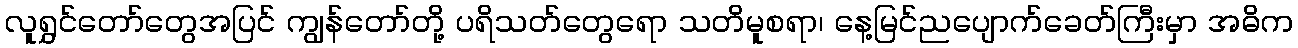
လူရွှင်တော်တွေအပြင် ကျွန်တော်တို့ ပရိသတ်တွေရော သတိမူစရာ၊ နေ့မြင်ညပျောက်ခေတ်ကြီးမှာ အဓိက